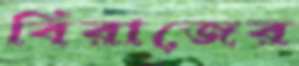
বিরাজের